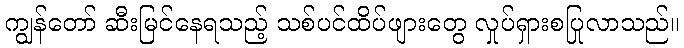
ကျွန်တော် ဆီးမြင်နေရသည့် သစ်ပင်ထိပ်ဖျားတွေ လှုပ်ရှားစပြုလာသည်။